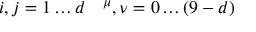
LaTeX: i , j = 1 \ldots d \quad \sp \mu , \nu = 0 \ldots ( 9 - d )